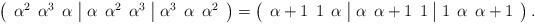
\begin{align*} &\left(\begin{array}{c|c|c}\alpha^2\:\:\alpha^3\:\:\alpha & \alpha\:\:\alpha^2\:\:\alpha^3 & \alpha^3\:\:\alpha\:\:\alpha^2\end{array}\right)=\left(\begin{array}{c|c|c}\alpha+1 \:\: 1 \:\:\alpha & \alpha\:\:\alpha+1\:\: 1 & 1\:\:\alpha\:\: \alpha+1\end{array}\right).\end{align*}